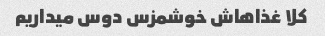
کلا غذاهاش خوشمزس دوس میداریم